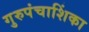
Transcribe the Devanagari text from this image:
गुरुपंचाशिंका